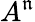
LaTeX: A^{\mathfrak{n}}